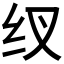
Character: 𮵿